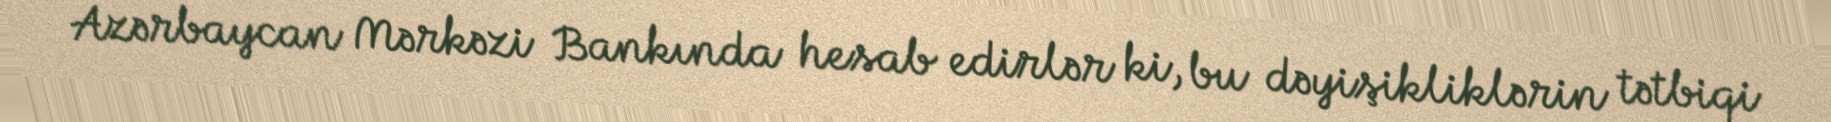
Azərbaycan Mərkəzi Bankında hesab edirlər ki, bu dəyişikliklərin tətbiqi